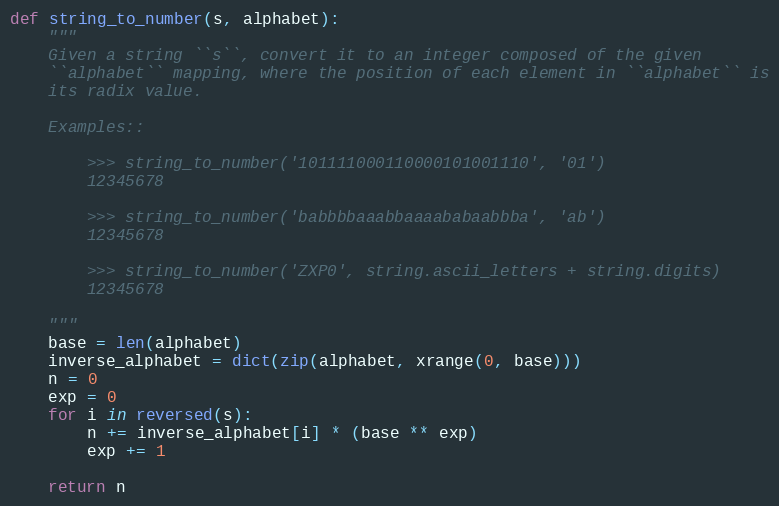
Language: Python
def string_to_number(s, alphabet):
    """
    Given a string ``s``, convert it to an integer composed of the given
    ``alphabet`` mapping, where the position of each element in ``alphabet`` is
    its radix value.

    Examples::

        >>> string_to_number('101111000110000101001110', '01')
        12345678

        >>> string_to_number('babbbbaaabbaaaababaabbba', 'ab')
        12345678

        >>> string_to_number('ZXP0', string.ascii_letters + string.digits)
        12345678

    """
    base = len(alphabet)
    inverse_alphabet = dict(zip(alphabet, xrange(0, base)))
    n = 0
    exp = 0
    for i in reversed(s):
        n += inverse_alphabet[i] * (base ** exp)
        exp += 1

    return n